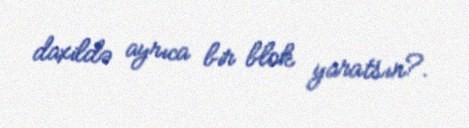
daxildə ayrıca bir blok yaratsın?.